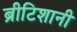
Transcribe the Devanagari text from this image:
ब्रीटिशानी